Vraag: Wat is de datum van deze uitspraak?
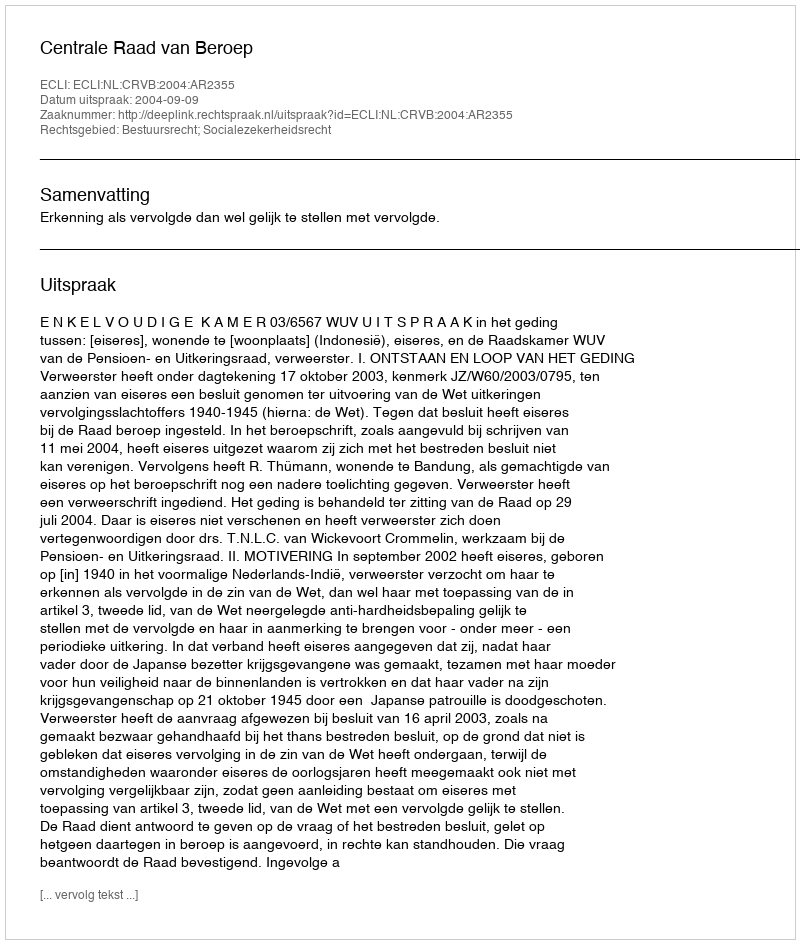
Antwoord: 2004-09-09